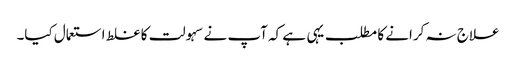
علاج نہ کرانے کا مطلب یہی ہے کہ آپ نے سہولت کا غلط استعمال کیا۔